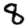
Digit: 8